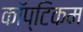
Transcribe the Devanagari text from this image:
कॉप्टिकम